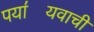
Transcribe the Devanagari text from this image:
पया॔यवाची